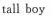
tall boy